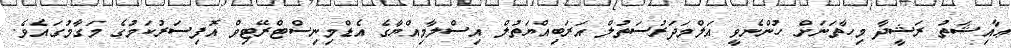
ޢާއިޝަތު ރަޝީދާ މިހާތަނަށް ހުންނެވީ އަލްމަދަރުސަތުލް އަރަބިއްޔަތުލް އިސްލާމިއްޔާގެ އެޑްމިނިސްޓްރޭޓިވް އޮފިސަރުކަމުގެ މަގާމުގައެވެ.